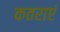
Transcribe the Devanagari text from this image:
कतराएं